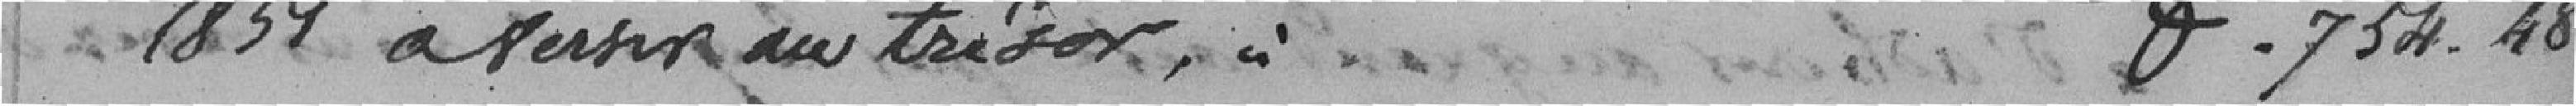
1857 à verser au trésor,